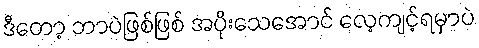
ဒီတော့ ဘာပဲဖြစ်ဖြစ် အပိုးသေအောင် လေ့ကျင့်ရမှာပဲ